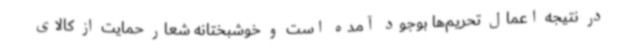
در نتیجه اعمال تحریم‌ها بوجود آمده است و خوشبختانه شعار حمایت از کالای